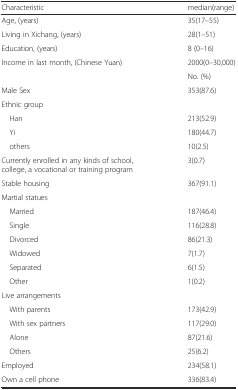
| Characteristic | median(range) |
 | --- | --- |
 | Age, (years) | 35(17–55) |
 | Living in Xichang, (years) | 28(1–51) |
 | Education, (years) | 8 (0–16) |
 | Income in last month, (Chinese Yuan) | 2000(0–30,000) |
 |  | No. (%) |
 | Male Sex | 353(87.6) |
 | Ethnic group |  |
 | Han | 213(52.9) |
 | Yi | 180(44.7) |
 | others | 10(2.5) |
 | Currently enrolled in any kinds of school, college, a vocational or training program | 3(0.7) |
 | Stable housing | 367(91.1) |
 | Martial statues |  |
 | Married | 187(46.4) |
 | Single | 116(28.8) |
 | Divorced | 86(21.3) |
 | Widowed | 7(1.7) |
 | Separated | 6(1.5) |
 | Other | 1(0.2) |
 | Live arrangements |  |
 | With parents | 173(42.9) |
 | With sex partners | 117(29.0) |
 | Alone | 87(21.6) |
 | Others | 25(6.2) |
 | Employed | 234(58.1) |
 | Own a cell phone | 336(83.4) |